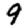
Digit: 9